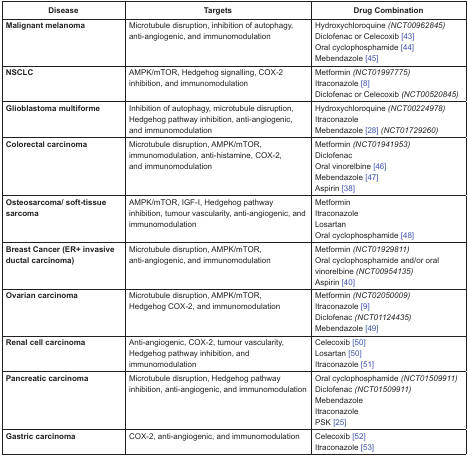
<table><thead><tr><td><b>Disease</b></td><td><b>Targets</b></td><td><b>Drug Combination</b></td></tr></thead><tbody><tr><td><b>Malignant melanoma</b></td><td>Microtubule disruption, inhibition of autophagy, anti-angiogenic, and immunomodulation</td><td>Hydroxychloroquine <i>(NCT00962845)</i> Diclofenac or Celecoxib [43] Oral cyclophosphamide [44] Mebendazole [45]</td></tr><tr><td><b>NSCLC</b></td><td>AMPK/mTOR, Hedgehog signalling, COX-2 inhibition, and immunomodulation</td><td>Metformin <i>(NCT01997775)</i> Itraconazole [8] Diclofenac or Celecoxib <i>(NCT00520845)</i></td></tr><tr><td><b>Glioblastoma multiforme</b></td><td>Inhibition of autophagy, microtubule disruption, Hedgehog pathway inhibition, anti-angiogenic, and immunomodulation</td><td>Hydroxychloroquine <i>(NCT00224978)</i> Itraconazole Mebendazole [28] <i>(NCT01729260)</i></td></tr><tr><td><b>Colorectal carcinoma</b></td><td>Microtubule disruption, AMPK/mTOR, immunomodulation, anti-histamine, COX-2, and immunomodulation</td><td>Metformin <i>(NCT01941953)</i> Diclofenac Oral vinorelbine [46] Mebendazole [47] Aspirin [38]</td></tr><tr><td><b>Osteosarcoma/soft-tissue sarcoma</b></td><td>AMPK/mTOR, IGF-I, Hedgehog pathway inhibition, tumour vascularity, anti-angiogenic, and immunomodulation</td><td>Metformin Itraconazole Losartan Oral cyclophosphamide [48]</td></tr><tr><td><b>Breast Cancer (ER+ invasive ductal carcinoma)</b></td><td>Microtubule disruption, AMPK/mTOR, anti-angiogenic, and immunomodulation</td><td>Metformin <i>(NCT01929811)</i> Oral cyclophosphamide and/or oral vinorelbine <i>(NCT00954135)</i> Aspirin [40]</td></tr><tr><td><b>Ovarian carcinoma</b></td><td>Microtubule disruption, AMPK/mTOR, Hedgehog COX-2, and immunomodulation</td><td>Metformin <i>(NCT02050009)</i> Itraconazole [9] Diclofenac <i>(NCT01124435)</i> Mebendazole [49]</td></tr><tr><td><b>Renal cell carcinoma</b></td><td>Anti-angiogenic, COX-2, tumour vascularity, Hedgehog pathway inhibition, and immunomodulation</td><td>Celecoxib [50] Losartan [50] Itraconazole [51]</td></tr><tr><td><b>Pancreatic carcinoma</b></td><td>Microtubule disruption, Hedgehog pathway inhibition, anti-angiogenic, and immunomodulation</td><td>Oral cyclophosphamide <i>(NCT01509911)</i> Diclofenac <i>(NCT01509911)</i> Mebendazole Itraconazole PSK [25]</td></tr><tr><td><b>Gastric carcinoma</b></td><td>COX-2, anti-angiogenic, and immunomodulation</td><td>Celecoxib [52] Itraconazole [53]</td></tr></tbody></table>